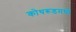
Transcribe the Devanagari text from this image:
कोथरूडमध्ये